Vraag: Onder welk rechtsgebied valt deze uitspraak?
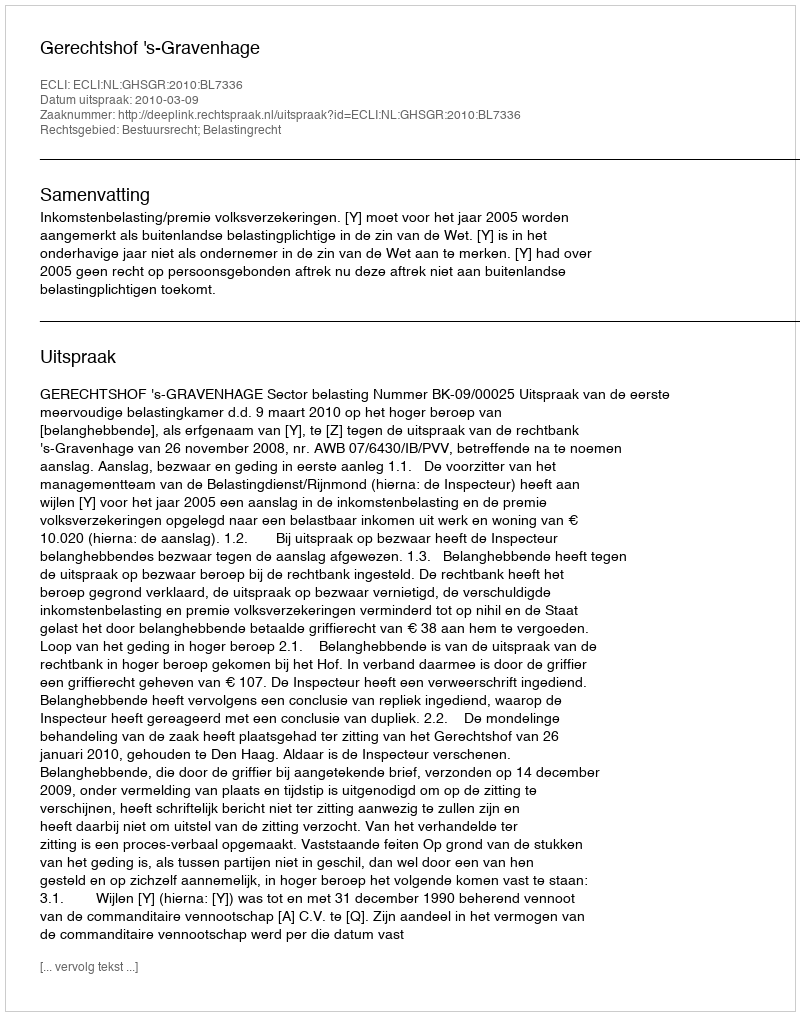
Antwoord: Bestuursrecht; Belastingrecht